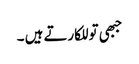
جبھی تو للکارتے ہیں ۔